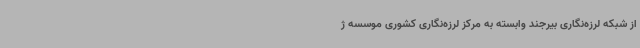
از شبکه لرزه‌نگاری بیرجند وابسته به مرکز لرزه‌نگاری کشوری موسسه ژ